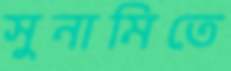
সুনামিতে